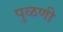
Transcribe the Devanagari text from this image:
पुळणी